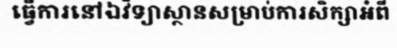
ធ្វើការនៅឯវិទ្យាស្ថានសម្រាប់ការសិក្សាអំពី